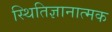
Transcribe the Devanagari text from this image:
स्थितिज्ञानात्मक